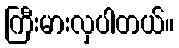
ကြီးမားလှပါတယ်။